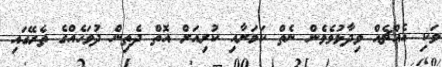
ވަކި އެއްޗެއް ވިދާޅުވެވެން ނެތް ކަމަށާއި ކުރިއަށް އޮތް ދެތިން ދުވަހެއްގެ ތެރޭގައި